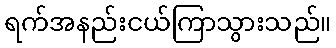
ရက်အနည်းငယ်ကြာသွားသည်။